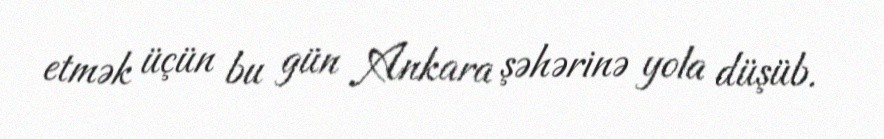
etmək üçün bu gün Ankara şəhərinə yola düşüb.